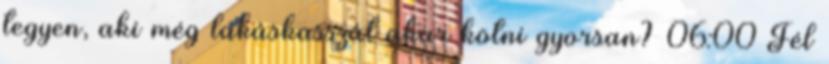
tegyen, aki még lakáskasszát akar kötni gyorsan? 06:00 Fél